Statistical return of the lunatic asylum in Assam - 1912-1932
Year: 1912
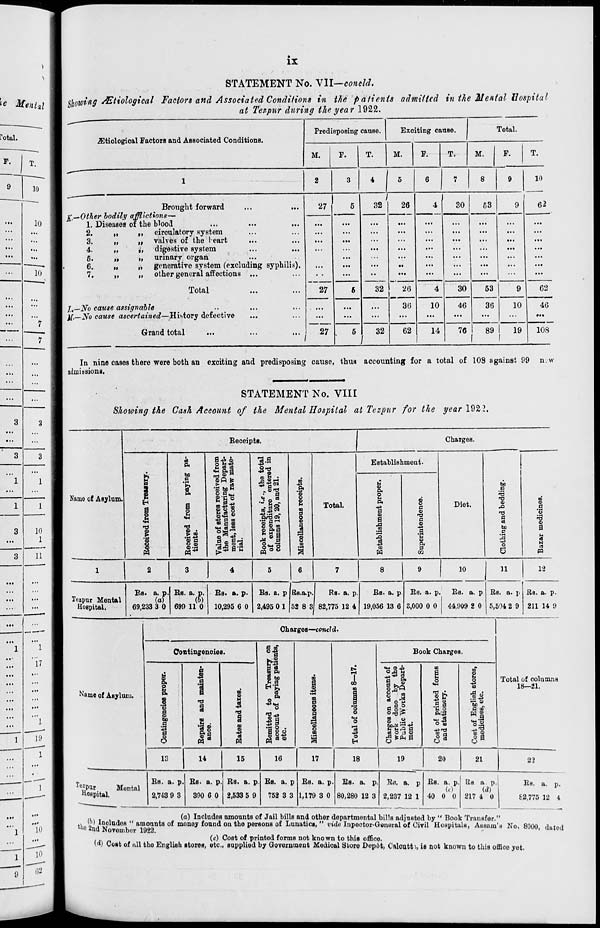
ix
' ie Mental
Cotal.
F.
T.
10
10
10
3
3
"l
1
1
1
3
10
1
3
11
17
10
STATEMENT No. VII—concld.
Rowing Mtiological Factors and Associated Conditions in the patients admitted in the Mental Hospital
at Tezpur during the year 1922.
^tiological Factors and Associated Conditions.
Predisposing cause.
Exciting cause.
Total.
M.
F.
M.
F.
M.
T.
Brought forward
g,—Other bodily afflictions—
1. Diseases of the blood
2.
„
M
circulatory system
3.
,,
,| valves of the leart
4.
„
it digestive system
5.
„
„ urinary organ
,
6.
„
i) generative system (excluding syphilis).
7.
„
„ other general affections ...
Total
j t —-No cause assignable
ft—No cause ascertained—History defective
27
Grand total
32
27
27
32
/
32
26
26
30
62
30
4
10
H
63
30
46
76
10
62
63
36
9
10
62
89
19
46
108
In nine cases there were both an exciting and predisposing cause, thus accounting for a total of 108 against 99 n.w
admissions.
STATEMENT No. VIII
Shoioing the Cash Account of the Mental Hospital at Tezpur for the year 19£2.
Eeceipts.
J
Charges.
E
1 E
s
| 8
Eeceived from paying pa-
tients.
Value of stores received from
the Manufacturing Depart-
ment, less cost of raw mate-
rial.
Book receipts, «.<?., the total
of expenditure entered in
columns 19, 20, and 21.
m
43
Pi
•s d> o
2
m
1
o B
a
| B
S
m
a
Total.
Establishment.
Diet.
Clothing and bedding.
Niimu of Asylum.
Establishment proper.
8 c
o
a
43
c
•n B Pi
P
m
B
.3
o
a
a
N
PQ
1
2
3
4
5
6
7
8
9
10
11
12
Tozpur Mental
HoBpital.
Bs. a. p.
(a)
69,233 3 0
Es. a. p.
(6)
699 11 0
Bs. a. p.
10,295 6 0
Bs. a. p i
2,495 01 [
Is.a.p.
•2 8 3
Rs. a. p
82,775 12 4
Bs. a. p
19,056 13 6
Es. a. p
3,000 0 0
Es. a. p
44,909 2 0
Es. a. p
5,504 2 9
Es. a. p.
211 14 9
Charges—concld.
Contingencies.
Remitted to Treasury on
account of paying patients,
etc.
to
a
|
to
p
o
B
P
1 to 6 to
i
i-i
cl
to
"o o
0
43
a
H
Book Charges.
Name of Asylum.
&
B
P<
5 E
P.
m
.2 "o
a
J? bo
.3
p
3
h B
43
a
i
to
11
to
S
M
•3
8
■
ChargeB on account of
work done by the
Public Works Depart-
ment.
Cost of printed forms
and stationery.
to
ID
E o
43
(O
!s4J
a co
.3
li to 2
Q a
Total of columns
18—21.
13
14
15
16
17
18
19
20
21
23
Tezpur
M
Hospital.
3ntal
Bs. a. p.
2,743 9 3
Bs. a. p
390 0 0
Es. a. ]
2,533 5 9
>. Bs. a. p
752 3 3
Bs. a. p
1,179 3 0
Bs. a. p
80,280 12 3
Bo. a. p
2,237 12 1
Bs. a. p.
(c)
40 0 0
[is a p.
(d)
217 4 0
Es. a. p.
£2,775 12 4
(a) Includes amounts of Jail billB and other departmental bills adjusted by " Book Transfer "
&0 miNoveh IBM
BU>WSr
^ °B *" Pm0nl, °* I,WUktio «» " «W« InP«0t0f Gw«ftl Of OitU Hospitals, Assam's No. 8000, du
...
(c) Cost of printed forms not known to this offioe.
W) Cost of all the English Btorea, etc., supplied by Government Medical Store Depot, Caloutt'., is not known to this office yet.
tod